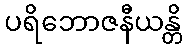
ပရိဘောဇနီယန္တိ